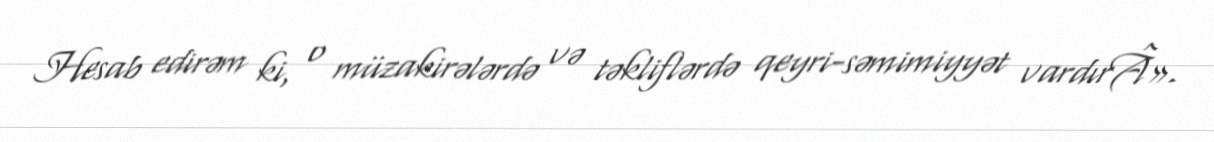
Hesab edirəm ki, o müzakirələrdə və təkliflərdə qeyri-səmimiyyət vardırÂ».